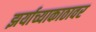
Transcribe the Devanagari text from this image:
झर्याच्याकाठावर